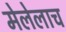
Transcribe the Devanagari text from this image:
मेलेलाच